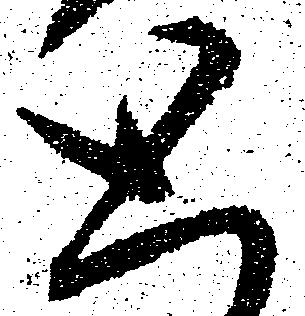
と